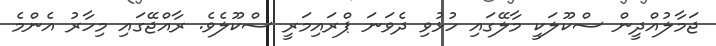
ޖަމާލުއްދީން ސްކޫލަކީ މާލޭގައި ހުޅުވި ދެވަނަ ޕްރައިމަރީ ސްކޫލެވެ. ރާއްޖޭގައި މިހާރު އެންމެ